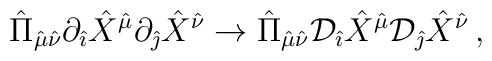
{\hat \Pi}_{{\hat \mu}{\hat \nu}}\partial_{\hat \imath}{\hat X}^{\hat \mu}\partial_{\hat \jmath}{\hat X}^{\hat \nu}\rightarrow {\hat \Pi}_{{\hat \mu}{\hat \nu}}{\cal D}_{\hat \imath}{\hat X}^{\hat \mu}{\cal D}_{\hat \jmath}{\hat X}^{\hat \nu}\, ,